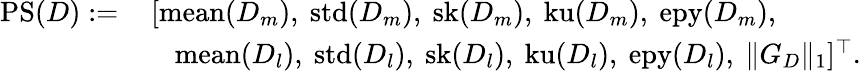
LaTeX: \begin{array}{rl}{\mathrm{PS}(D):=}&{\, [\mathrm{mean}(D_{m}),~\mathrm{std}(D_{m}),~\mathrm{sk}(D_{m}),~\mathrm{ku}(D_{m}),~\mathrm{epy}(D_{m}),}\\ &{\quad\mathrm{mean}(D_{l}),~\mathrm{std}(D_{l}),~\mathrm{sk}(D_{l}),~\mathrm{ku}(D_{l}),~\mathrm{epy}(D_{l}),~\| G_{D}\| _{1}]^{\top}.}\end{array}